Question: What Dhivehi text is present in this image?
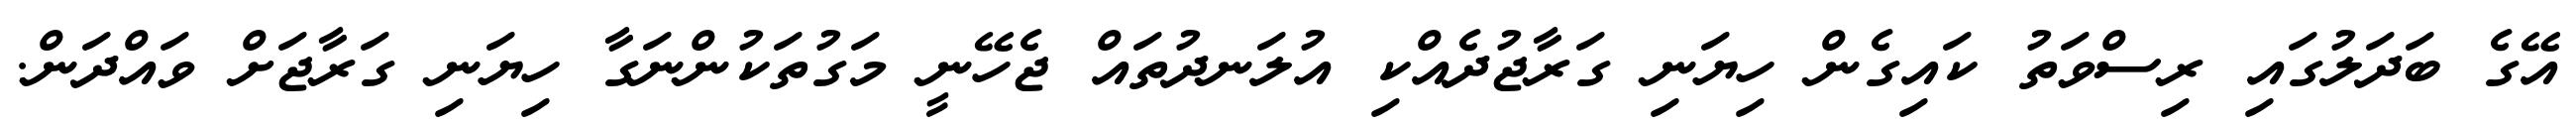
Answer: އޭގެ ބަދަލުގައި ރިސްވަތު ކައިގެން ހިޔަނި ގަރާޖުދެއްކި އުލަނދުތައް ޖެހޭނީ މަގުތަކުންނަގާ ހިޔަނި ގަރާޖަށް ވައްދަން.